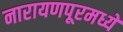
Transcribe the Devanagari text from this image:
नारायणपूरमध्ये